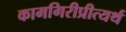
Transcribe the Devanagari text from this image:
कामगिरीप्रीत्यर्थ